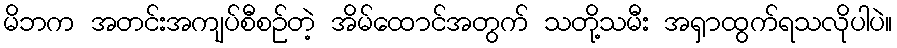
မိဘက အတင်းအကျပ်စီစဉ်တဲ့ အိမ်ထောင်အတွက် သတို့သမီး အရှာထွက်ရသလိုပါပဲ။